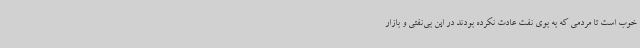
خوب است تا مردمی که به بوی نفت عادت نکرده بودند در این بی‌نفتی و بازار